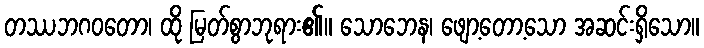
တဿဘဂဝတော၊ ထို မြတ်စွာဘုရား၏။ သောဘေန၊ ဖျော့တော့သော အဆင်းရှိသော။